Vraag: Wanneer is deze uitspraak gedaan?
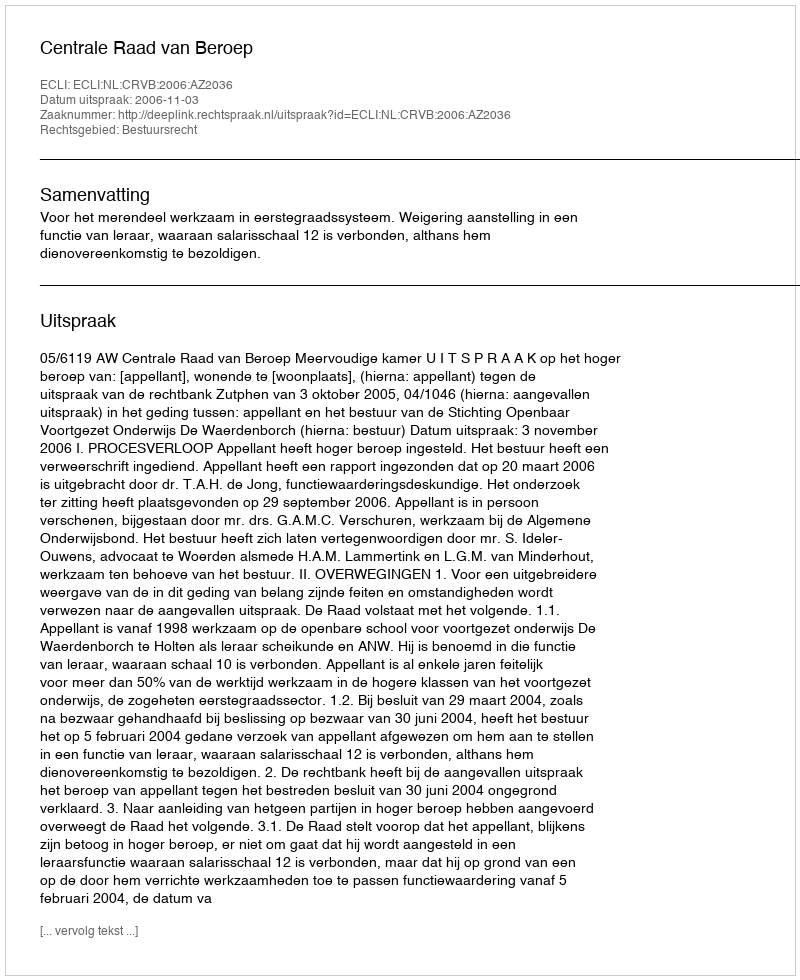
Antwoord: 2006-11-03